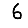
Digit: 6